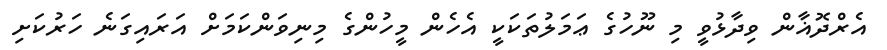
އެރްދޮޣާން ވިދާޅުވީ މި ނޫހުގެ ޢަމަލުތަކަކީ އެހެން މީހުންގެ މިނިވަންކަމަށް އަރައިގަނެ ހަރުކަށި